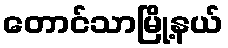
တောင်သာမြို့နယ်